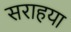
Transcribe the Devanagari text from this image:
सराहया